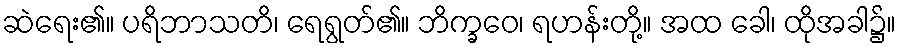
ဆဲရေး၏။ ပရိဘာသတိ၊ ရေရွတ်၏။ ဘိက္ခဝေ၊ ရဟန်းတို့။ အထ ခေါ၊ ထိုအခါ၌။